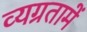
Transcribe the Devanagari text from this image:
व्यग्रतामें